Annual administration report of the Civil Veterinary Department, Sind - 1944-1945
Year: 1944
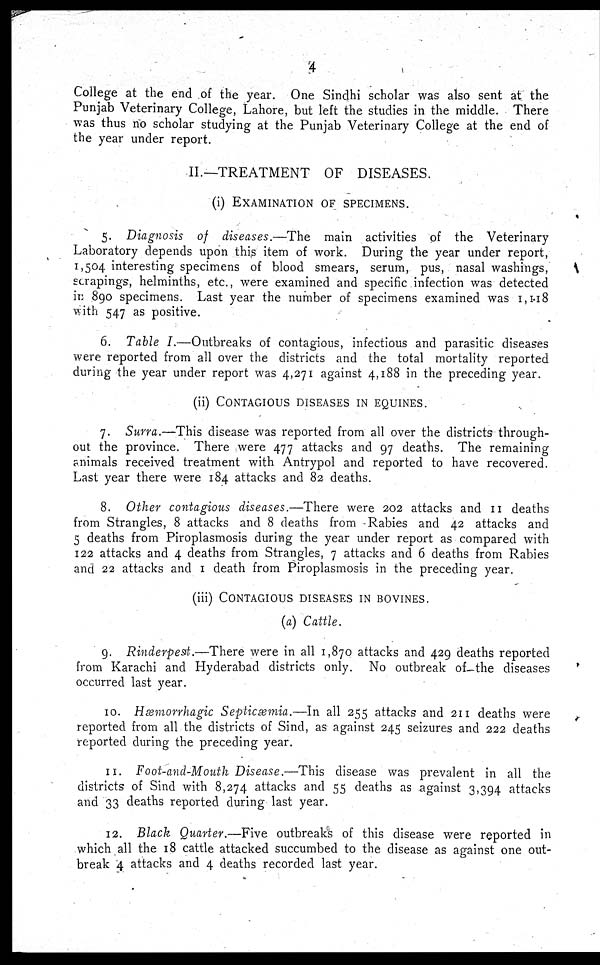
4
College at the end of the year. One Sindhi scholar was also sent at the
Punjab Veterinary College, Lahore, but left the studies in the middle. There
was thus no scholar studying at the Punjab Veterinary College at the end of
the year under report.
II.—TREATMENT OF DISEASES.
(i) EXAMINATION OF SPECIMENS.
5. Diagnosis of diseases.—The
main activities of the Veterinary
Laboratory depends upon this item of work. During the year under report,
1,504 interesting specimens of blood smears, serum, pus, nasal washings,
scrapings, helminths, etc., were examined and specific infection was detected
in 890 specimens. Last year the number of specimens examined was 1,118
with 547 as positive.
6. Table I.—Outbreaks of contagious, infectious and parasitic diseases
were reported from all over the districts and the total mortality reported
during the year under report was 4,271 against 4,188 in the preceding year.
(ii)
CONTAGIOUS DISEASES IN EQUINES.
7. Surra.—This disease was reported from all over the districts through-
out the province. There were 477 attacks and 97 deaths. The remaining
animals received treatment with Antrypol and reported to have recovered.
Last year there were 184 attacks and 82 deaths.
8. Other contagious diseases.—There were 202 attacks and 11 deaths
from Strangles, 8 attacks and 8 deaths from Rabies and 42 attacks and
5 deaths from Piroplasmosis during the year under report as compared with
122 attacks and 4 deaths from Strangles, 7 attacks and 6 deaths from Rabies
and 22 attacks and 1 death from Piroplasmosis in the preceding year.
(iii)
CONTAGIOUS DISEASES IN BOVINES.
(a) Cattle.
9. Rinderpest.—There
were in all 1,870 attacks and 429 deaths reported
from Karachi and Hyderabad districts only. No outbreak of the diseases
occurred last year.
10. Hæmorrhagic Septicæmia.—In all 255 attacks and 211 deaths were
reported from all the districts of Sind, as against 245 seizures and 222 deaths
reported during the preceding year.
11. Foot-and-Mouth Disease.—This
disease was prevalent in all the
districts of Sind with 8,274 attacks and 55 deaths as against 3,394 attacks
and 33 deaths reported during last year.
12. Black Quarter.—Five outbreaks of this disease were reported in
which all the 18 cattle attacked succumbed to the disease as against one out-
break 4 attacks and 4 deaths recorded last year.